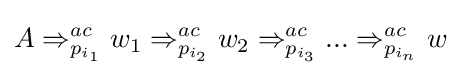
A\Rightarrow _{p_{i_{1}}}^{ac}w_{1}\Rightarrow _{p_{i_{2}}}^{ac}w_{2}\Rightarrow _{p_{i_{3}}}^{ac}...\Rightarrow _{p_{i_{n}}}^{ac}w